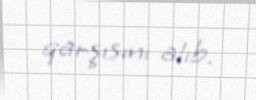
qarşısını alıb.